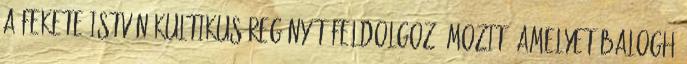
a Fekete István kultikus regényét feldolgozó mozit, amelyet Balogh